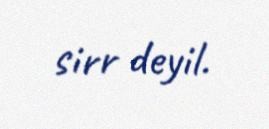
sirr deyil.